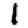
Digit: 1